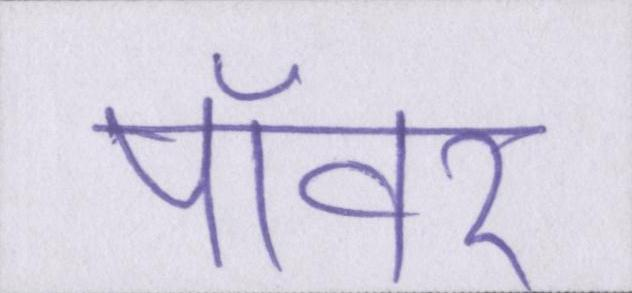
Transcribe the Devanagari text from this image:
पॉवर